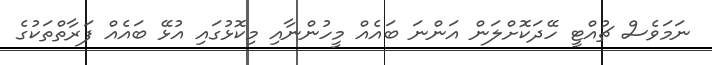
ނަމަވެސް ޗުއްޓީ ހޭދަކޮށްލަން އަންނަ ބައެއް މީހުންނާއި މިކޮޅުގައި އުޅޭ ބައެއް ފަރާތްތަކުގެ